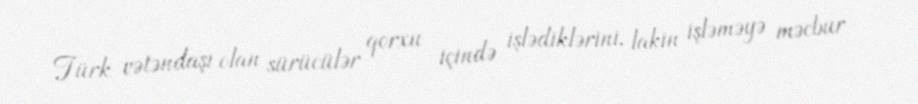
Türk vətəndaşı olan sürücülər qorxu içində işlədiklərini, lakin işləməyə məcbur